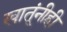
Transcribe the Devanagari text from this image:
खातूंनीही